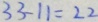
3 3 - 1 1 = 2 2